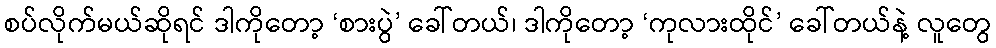
စပ်လိုက်မယ်ဆိုရင် ဒါကိုတော့ ‘စားပွဲ’ ခေါ်တယ်၊ ဒါကိုတော့ ‘ကုလားထိုင်’ ခေါ်တယ်နဲ့ လူတွေ